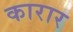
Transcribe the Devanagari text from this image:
कारार